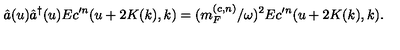
\hat { a } ( u ) \hat { a } ^ { \dagger } ( u ) E c ^ { \prime n } ( u + 2 K ( k ) , k ) = ( m _ { F } ^ { ( c , n ) } / \omega ) ^ { 2 } E c ^ { \prime n } ( u + 2 K ( k ) , k ) .